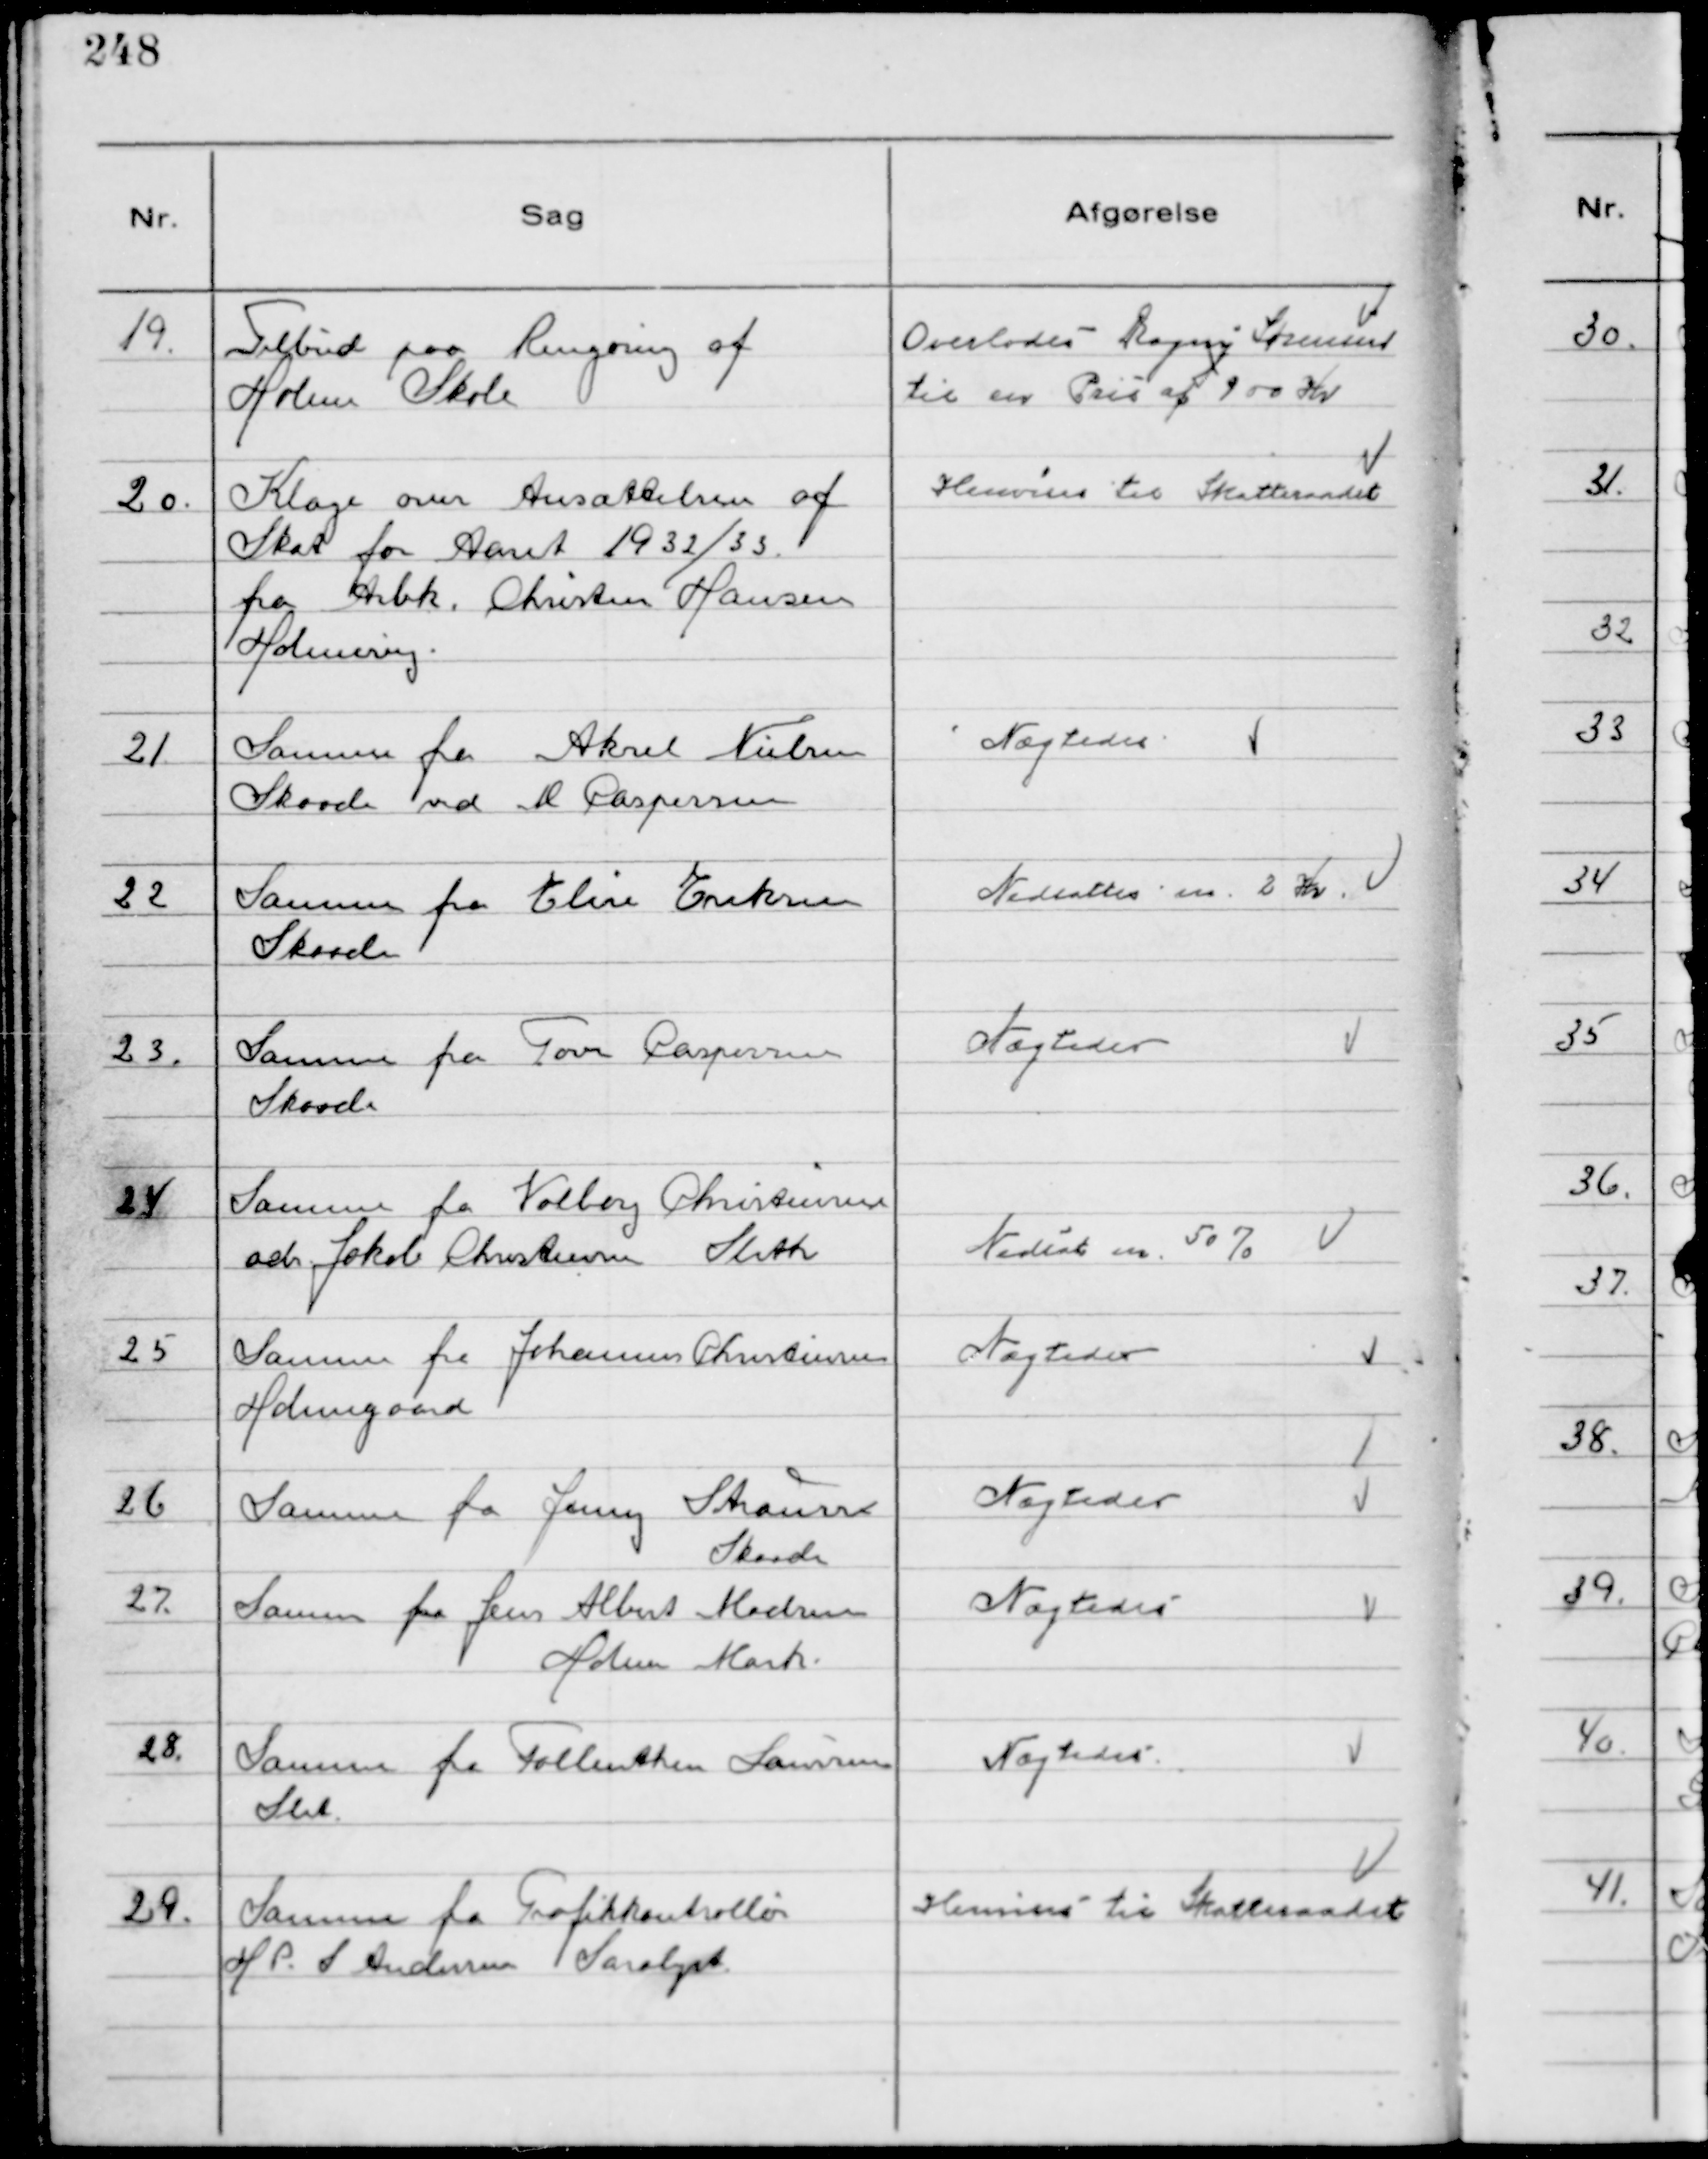
Transskription:
19.
Tilbud paa Rengøring af
Holme Skole

Overlodes Dagny Sørensen
til en Pris af 900 Kr

20.
Klage over Ansættelsen af
Skat for Aaret 1932/33
fra Arbk. Christen Hansen
Holmevej.

Henvises til Skatteraadet

21
Samme fra Aksel Nielsen
Skaade ved M Caspersen

Nægtedes

22
Samme fra Elise Eriksen
Skaade

Nedsattes m. 2 Kr.

23.
Samme fra Tove Caspersen
Skaade

Nægtedes

24
Samme fra Valborg Christensen
adr. Jakob Christensen Sleth

Nedsat m. 50%

25
Samme fra Johannes Christensen
Holmegaard

Nægtedes

26
Samme fra Jenny Strauss
Skaade

Nægtedes

27.
Samme fra Jens Albert Madsen
Holme Mark.

Nægtedes

28.
Samme fra Fallenthin Laursen
Slet.

Nægtedes

29.
Samme fra Trafikkontrollør
H P. S Andersen Saralyst

Henvises til Skatteraadet